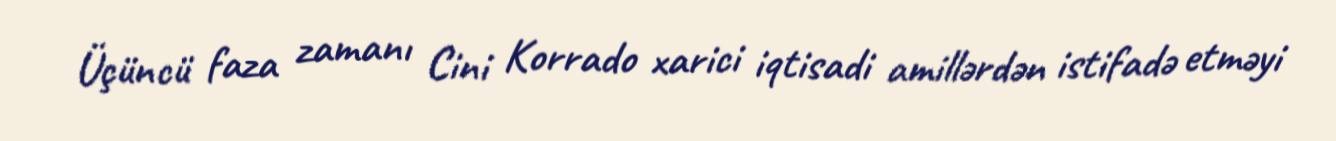
Üçüncü faza zamanı Cini Korrado xarici iqtisadi amillərdən istifadə etməyi